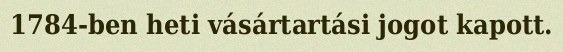
1784-ben heti vásártartási jogot kapott.